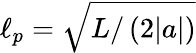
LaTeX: \ell_{p}=\sqrt{L/\left(2|a|\right)}